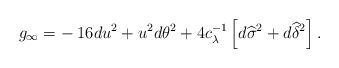
LaTeX: \begin{align*} g_\infty = - \: 16 du^2 + u^2 d\theta^2 + 4 c_\lambda^{-1} \left[d\widehat{\sigma}^2 + d\widehat{\delta}^2 \right]. \end{align*}